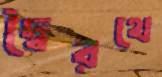
দ্বৈরথে